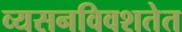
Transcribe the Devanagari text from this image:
व्यसनविवशतेत